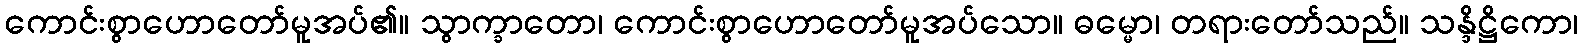
ကောင်းစွာဟောတော်မူအပ်၏။ သွာက္ခာတော၊ ကောင်းစွာဟောတော်မူအပ်သော။ ဓမ္မော၊ တရားတော်သည်။ သန္ဒိဋ္ဌိကော၊